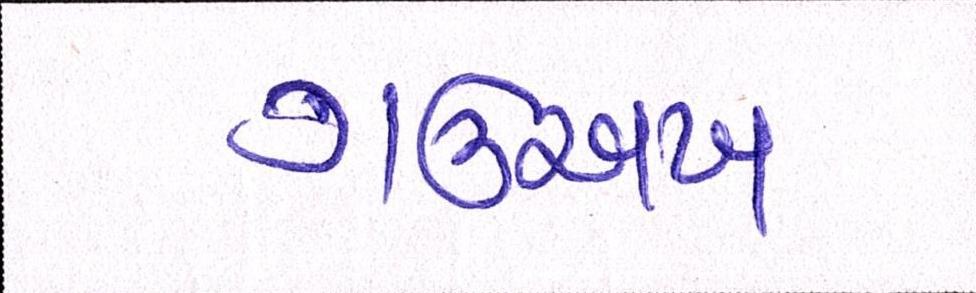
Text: ગઊઅખ